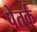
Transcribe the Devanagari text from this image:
पेतर्क